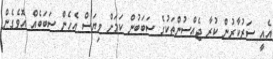
އެއީ ސަރުކާރުން ކުރާ ޖެއްސުންތަކުގެ ސަބަބުން ކަމަށް ވިޔަސް އެހެން ސަބަބެއް އޮވެގެން